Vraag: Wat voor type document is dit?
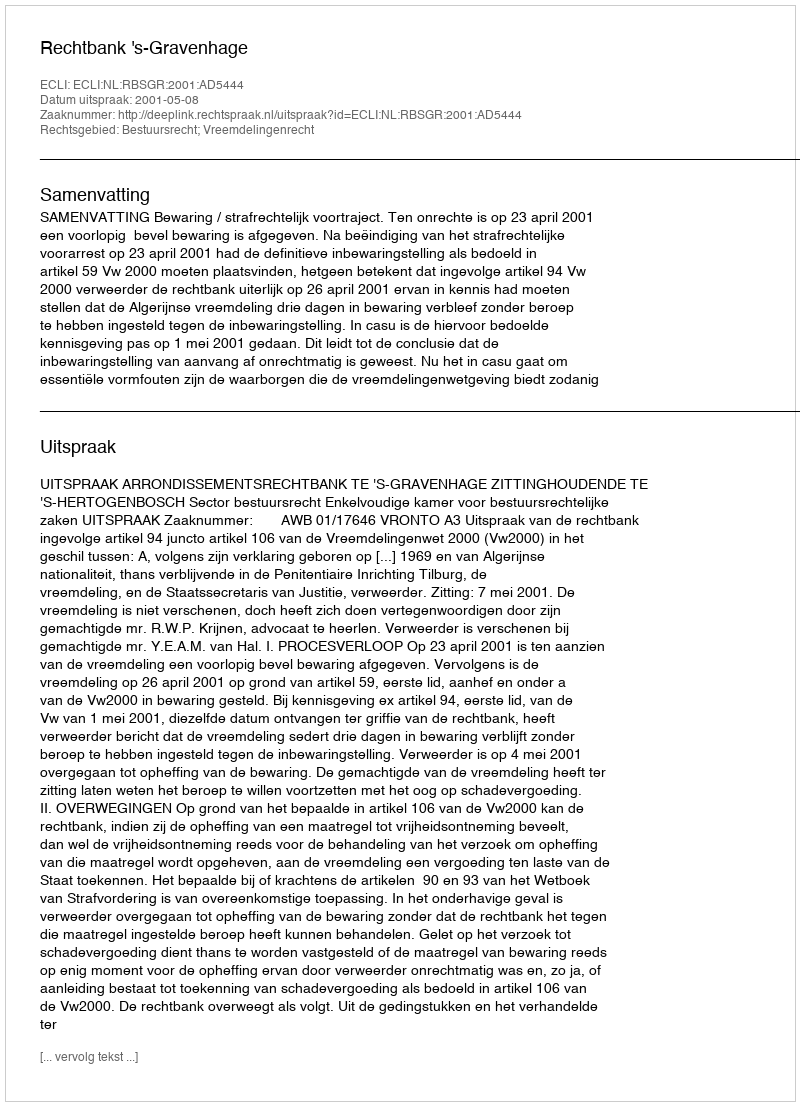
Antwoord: Uitspraak